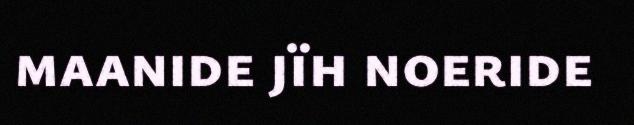
maanide jïh noeride